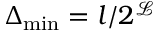
\Delta _ { \operatorname* { m i n } } = l / 2 ^ { \mathcal { L } }